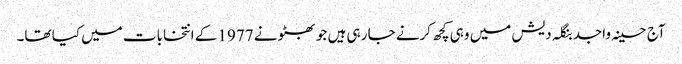
آج حسینہ واجد بنگلہ دیش میں وہی کچھ کرنے جا رہی ہیں جو بھٹو نے 1977 کے انتخابات میں کیا تھا۔